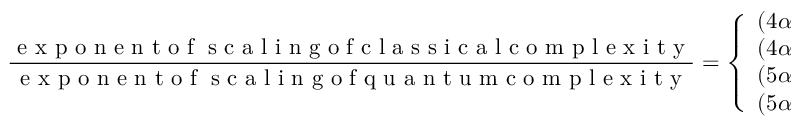
\frac { \textrm { e x p o n e n t o f \eta s c a l i n g o f c l a s s i c a l c o m p l e x i t y } } { \textrm { e x p o n e n t o f \eta s c a l i n g o f q u a n t u m c o m p l e x i t y } } = \left\{ \begin{array} { l l } { \left( 4 \alpha + 7 \right) / \left( 4 \alpha + 1 \right) } & { \alpha \leq 2 } \\ { \left( 4 \alpha + 7 \right) / \left( \alpha + 7 \right) } & { 2 \leq \alpha \leq 3 } \\ { \left( 5 \alpha + 4 \right) / \left( 2 \alpha + 4 \right) } & { 3 \leq \alpha \leq 4 } \\ { \left( 5 \alpha + 4 \right) / \left( \alpha + 8 \right) } & { \alpha \geq 4 } \end{array} \right. \qquad \textrm { i f } \qquad N = \Theta \left( \eta ^ { \alpha } \right) \, .